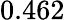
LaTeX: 0.462